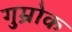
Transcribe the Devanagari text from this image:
गुम्रोक